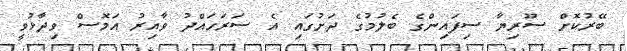
ބޭރުކޮށް ސޫރިޔާ ސިފައިންގެ ބެލުމުގެ ދަށުގައި އެ ސަރަހައްދު ވާއިރު އަމޮސް ވިދާޅުވީ